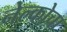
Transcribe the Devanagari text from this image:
नेल्कोचा